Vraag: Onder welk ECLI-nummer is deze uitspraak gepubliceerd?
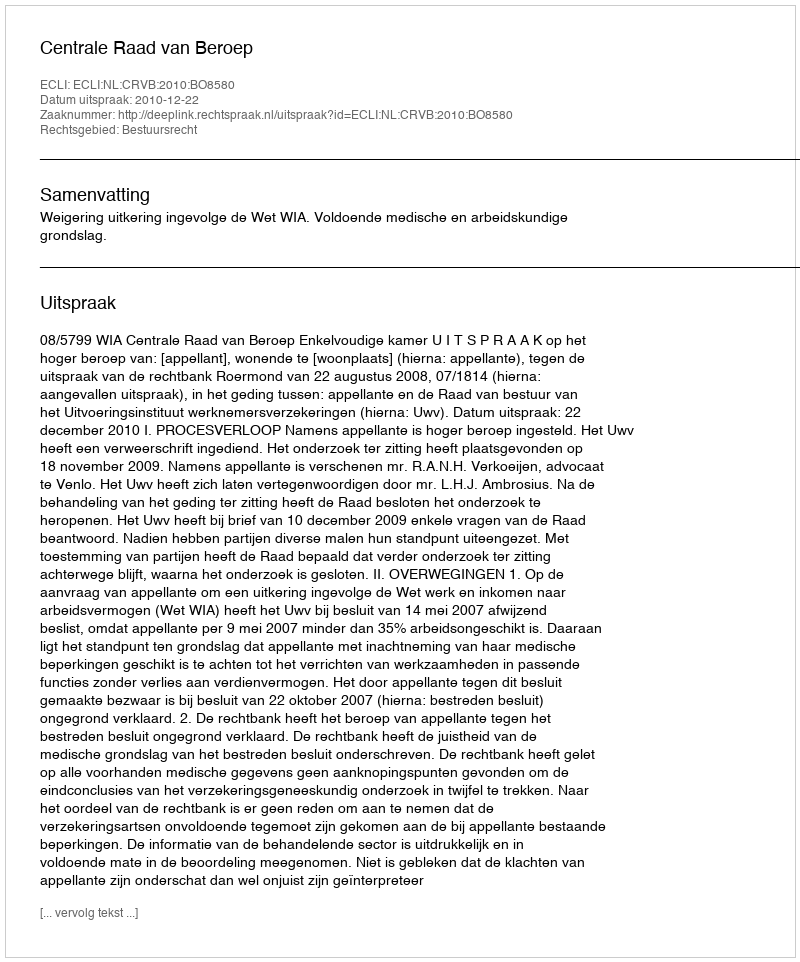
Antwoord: ECLI:NL:CRVB:2010:BO8580